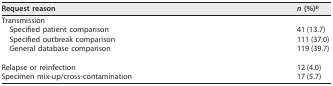
| Request reason | n (%)b |
 | --- | --- |
 | Transmission |  |
 | Specified patient comparison | 41 (13.7) |
 | Specified outbreak comparison | 111 (37.0) |
 | General database comparison | 119 (39.7) |
 | Relapse or reinfection | 12 (4.0) |
 | Specimen mix-up/cross-contamination | 17 (5.7) |